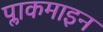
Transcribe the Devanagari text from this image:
प्लाकमाइन